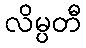
လိမ္ပတီ